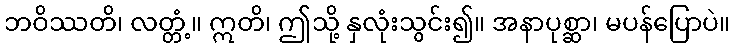
ဘဝိဿတိ၊ လတ္တံ့။ ဣတိ၊ ဤသို့ နှလုံးသွင်း၍။ အနာပုစ္ဆာ၊ မပန်ပြောပဲ။